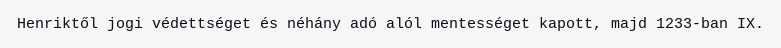
Henriktől jogi védettséget és néhány adó alól mentességet kapott, majd 1233-ban IX.